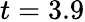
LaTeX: t=3.9